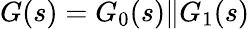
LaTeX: G(s)=G_{0}(s)\Vert G_{1}(s)